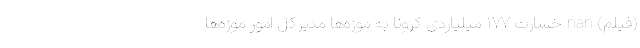
(فیلم) nan خسارت ۱۷۷ میلیاردی کرونا به موزه‌ها مدیرکل امور موزه‌ها